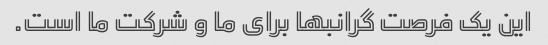
این یک فرصت گرانبها برای ما و شرکت ما است.